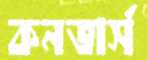
কনভার্স